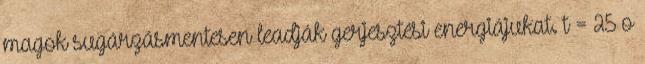
magok sugárzásmentesen leadják gerjesztési energiájukat. t = 25 o